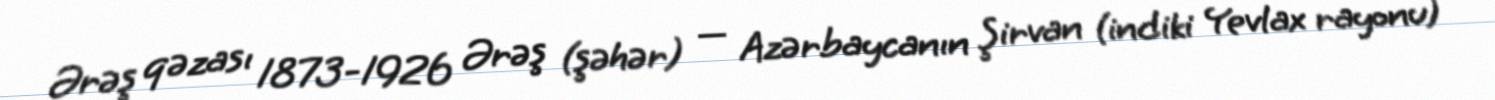
Ərəş qəzası 1873-1926 Ərəş (şəhər) — Azərbaycanın Şirvan (indiki Yevlax rayonu)